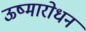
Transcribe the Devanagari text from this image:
ऊष्मारोधन